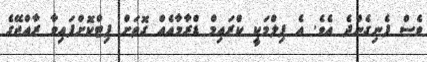
ވެސް ފެނިގެންދެ އެވެ. އެ ފިލްމަކީ ކްރައިމް ޑްރާމާއެއް ގޮތަށް ފިޓްކޮށްފައިވާ ރާއްޖޭގެ